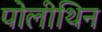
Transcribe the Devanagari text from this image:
पोलीथिन